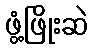
ဖွံ့ဖြိုးဆဲ